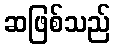
ဆဖြစ်သည်